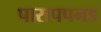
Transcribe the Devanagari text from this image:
पारापपनड